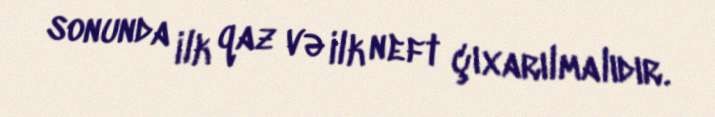
sonunda ilk qaz və ilk neft çıxarılmalıdır.